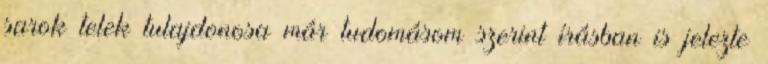
sarok telek tulajdonosa már tudomásom szerint írásban is jelezte